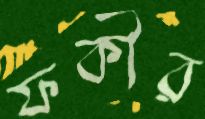
ফকীর